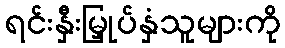
ရင်းနှီးမြှုပ်နှံသူများကို